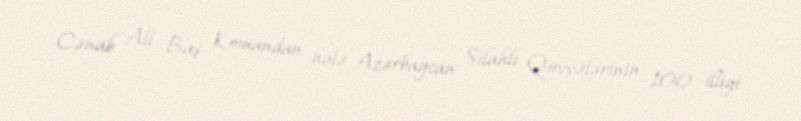
Cənab Ali Baş Komandan hələ Azərbaycan Silahlı Qüvvələrinin 100 illiyi